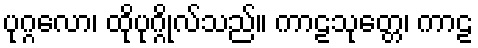
ပုဂ္ဂလော၊ ထိုပုဂ္ဂိုလ်သည်။ ကာဠသုတ္တေ၊ ကာဠ